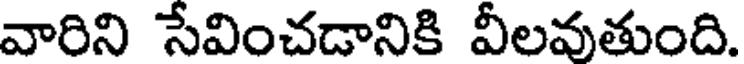
వారిని సేవించడానికి వీలవుతుంది.